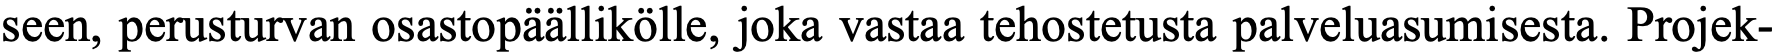
seen, perusturvan osastopäällikölle, joka vastaa tehostetusta palveluasumisesta. Projek-